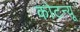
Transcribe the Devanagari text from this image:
कोटन्यू